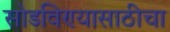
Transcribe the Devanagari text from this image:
सोडविण्यासाठीचा